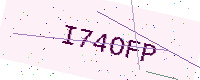
Text: I74OFP